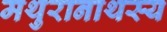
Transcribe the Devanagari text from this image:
मथुरानाथस्य